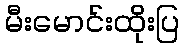
မီးမောင်းထိုးပြ